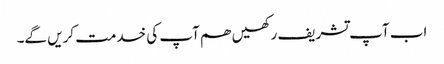
اب آپ تشریف رکھیں ھم آپ کی خدمت کریں گے۔